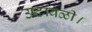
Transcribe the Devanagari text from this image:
उष्टावळी।